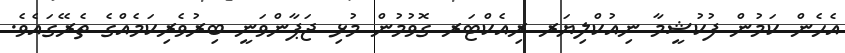
އެހެން ކަމުން ފުކުޝީމާ ނިއުކްލިޔަރ ރިއެކްޓަރ ގޮވުމުން މުޅި ޖަޕާންވަނީ ބިރުވެރިކަމެއްގެ ތެރޭގައެވެ.